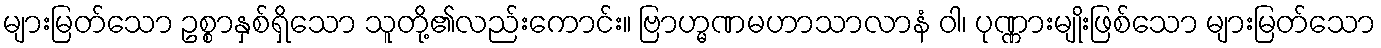
များမြတ်သော ဥစ္စာနှစ်ရှိသော သူတို့၏လည်းကောင်း။ ဗြာဟ္မဏမဟာသာလာနံ ဝါ၊ ပုဏ္ဏားမျိုးဖြစ်သော များမြတ်သော